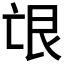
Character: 𦫋